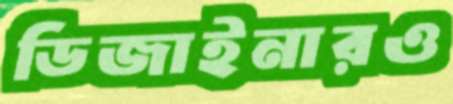
ডিজাইনারও